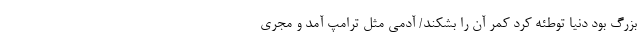
بزرگ بود دنیا توطئه کرد کمر آن را بشکند/ آدمی مثل ترامپ آمد و مجری